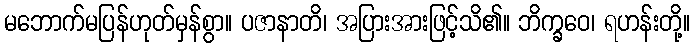
မဘောက်မပြန်ဟုတ်မှန်စွာ။ ပဇာနာတိ၊ အပြားအားဖြင့်သိ၏။ ဘိက္ခဝေ၊ ရဟန်းတို့။